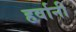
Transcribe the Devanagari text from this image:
हर्वानी